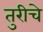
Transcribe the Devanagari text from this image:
तुरीचे